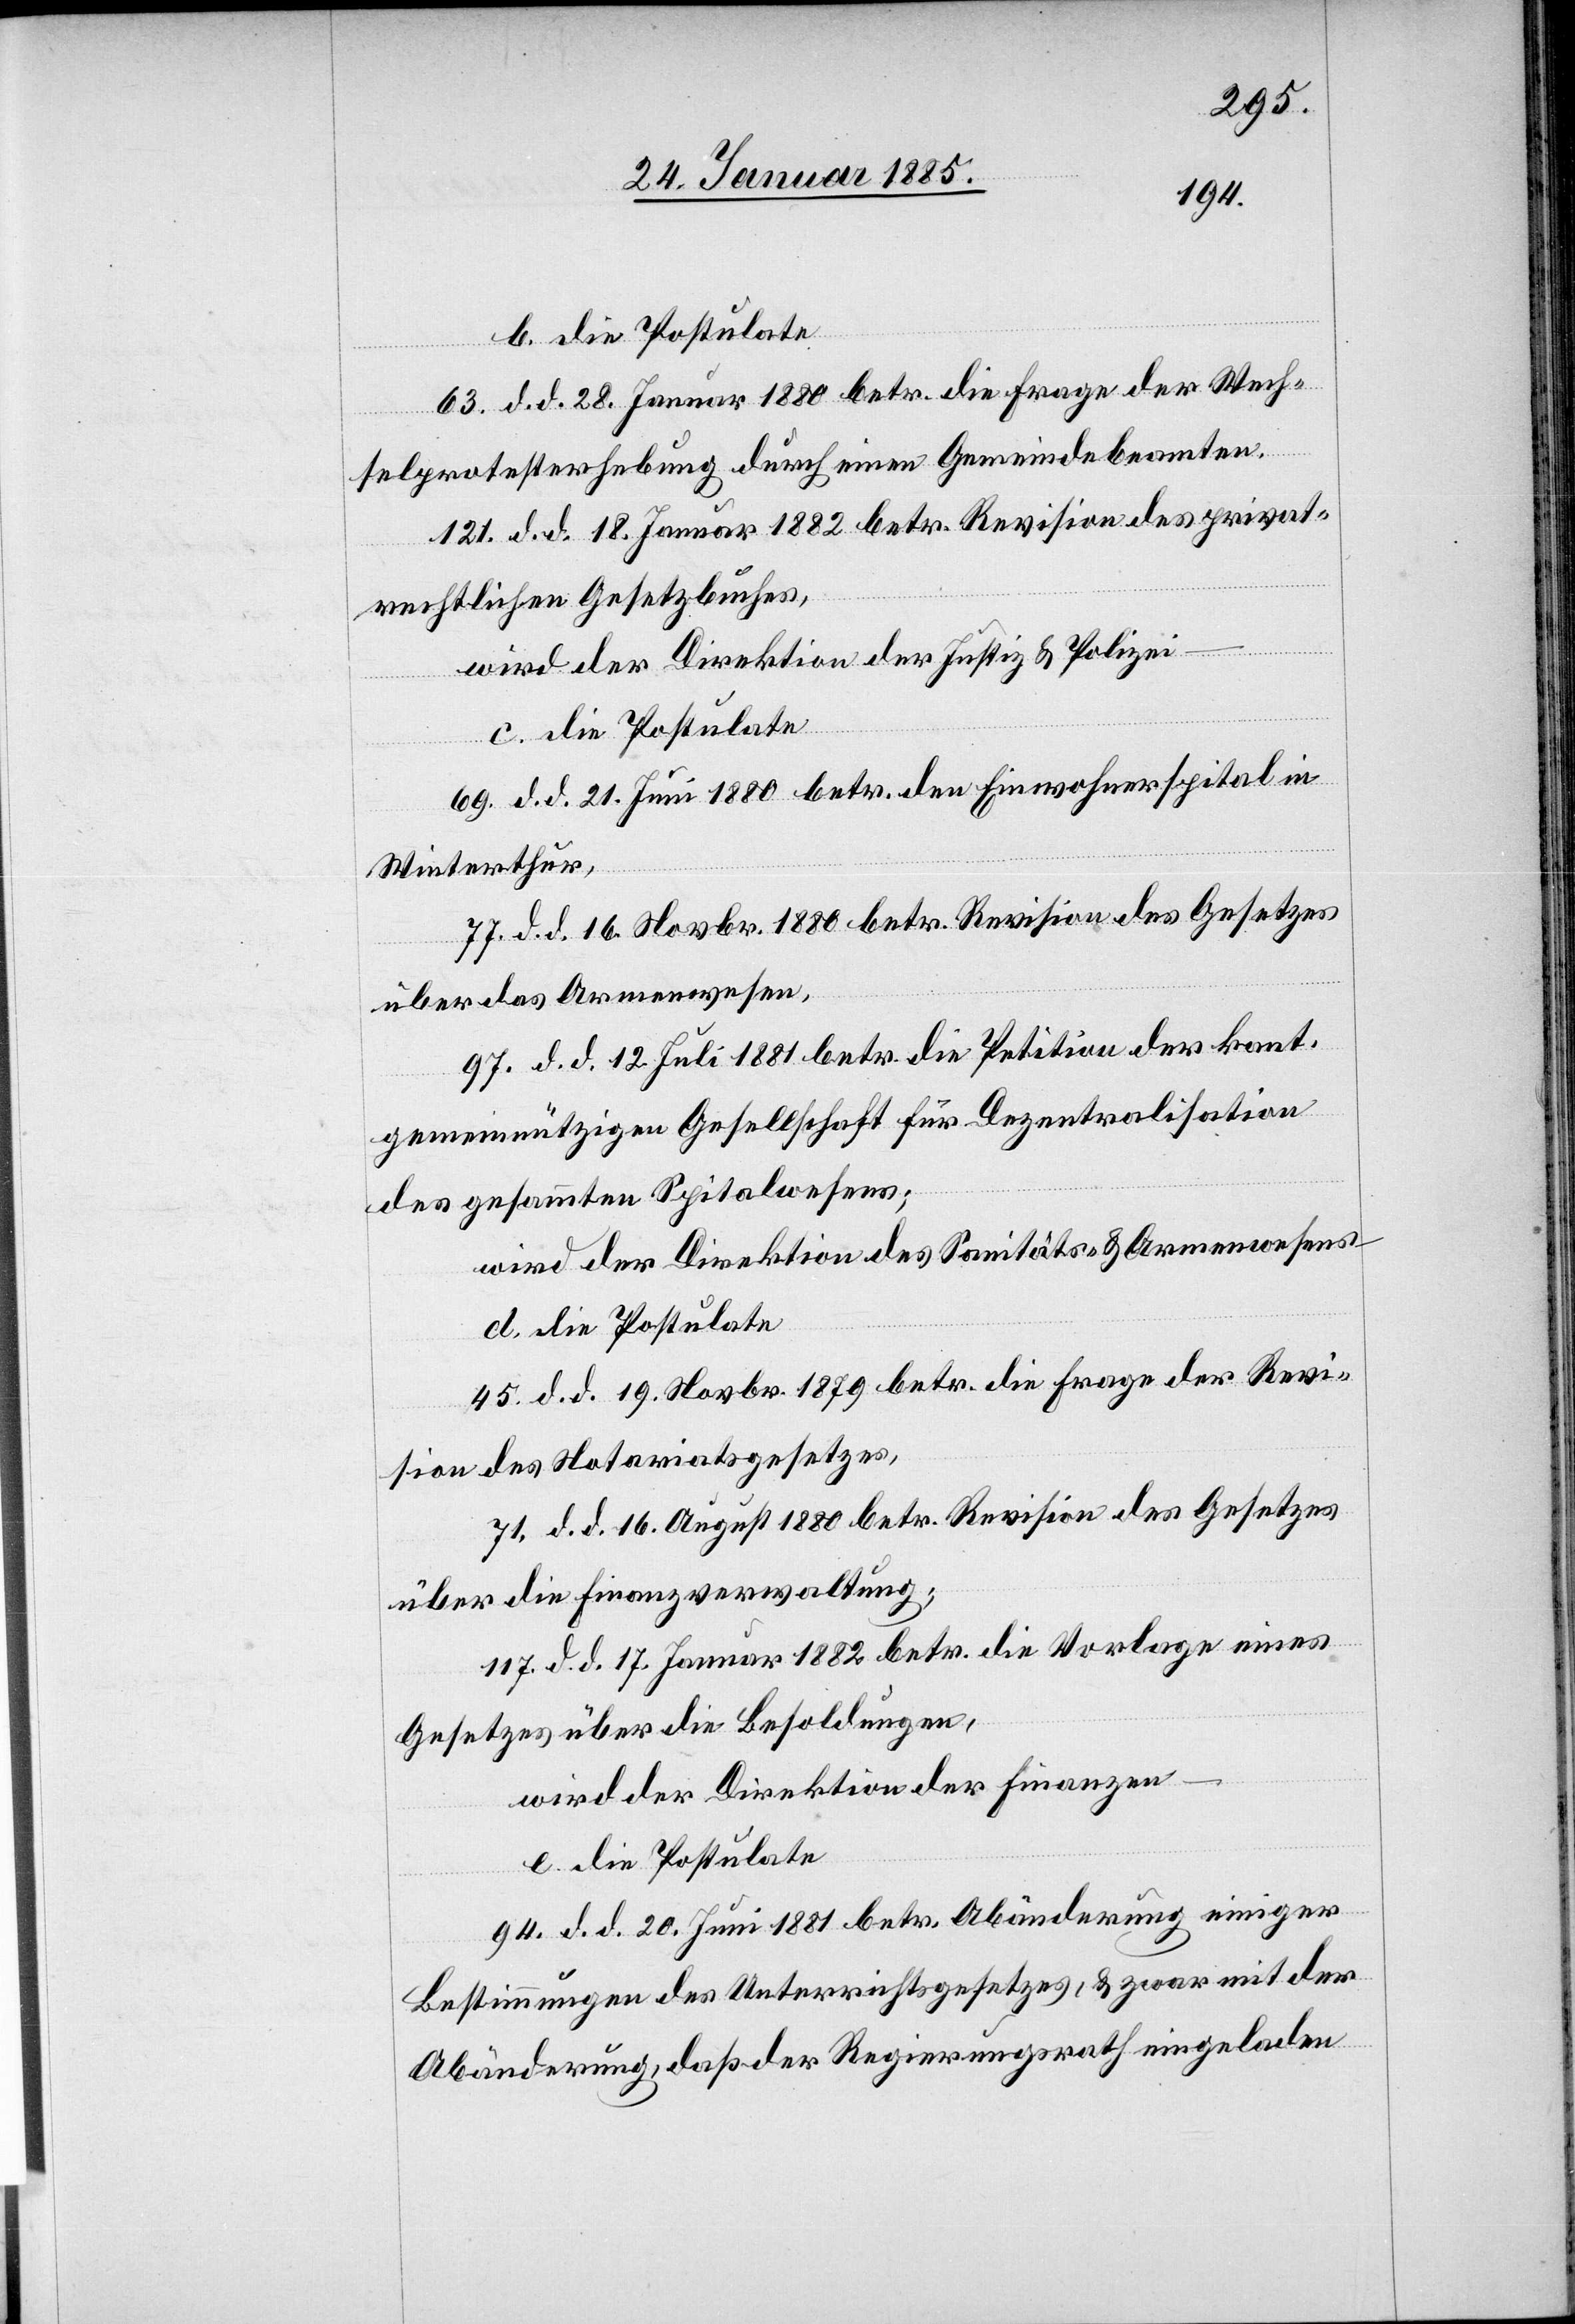
b. die Postulate
63. d. d. 28. Januar 1880 betr. die Frage der Wech¬
selprotesterhebung durch einen Gemeindebeamten.
121. d. d. 18. Januar 1882 betr. Revision des privat¬
rechtlichen Gesetzbuches,
wird der Direktion der Justiz & Polizei
c. die Postulate
69. d. d. 21. Juni 1880 betr. den Einwohnerspital in
Winterthur,
77. d. d. 16. Novbr. 1880 betr. Revision des Gesetzes
über das Armenwesen,
97. d. d. 12. Juli 1880 betr. die Petition der kant.
gemeinnützigen Gesellschaft für Dezentralisation
des gesammten Spitalwesens;
wird der Direktion des Sanitäts- & Armenwesens
d. die Postulate
45. d. d. 19. Novbr. 1879 betr. die Frage der Revi¬
sion des Notariatsgesetzes,
71. d. d. 19. August 1880 betr. Revision des Gesetzes
über die Finanzverwaltung,
117. d. d. 17. Januar 1882 betr. die Vorlage eines
Gesetzes über die Besoldungen,
wird der Direktion der Finanzen
e. die Postulate
94. d. d. 20. Juni 1881 betr. Abänderung einiger
Bestimmungen des Unterrichtsgesetzes, & zwar mit der
Abänderung, daß der Regierungsrath eingeladen